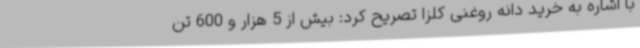
با اشاره به خرید دانه روغنی کلزا تصریح کرد: بیش از 5 هزار و 600 تن